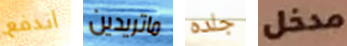
اندفع ماتريدين جلده مدخل